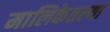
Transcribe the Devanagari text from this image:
मालिकेतल्या